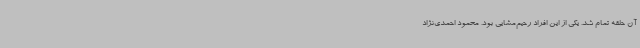
آن حلقه تمام شد. یکی از این افراد رحیم‌مشایی بود. محمود احمدی‌نژاد